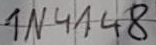
Text: 1N4148